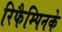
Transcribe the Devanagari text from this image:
रिफैम्पिनके